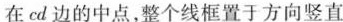
在cd边的中点，整个线框置于方向竖直